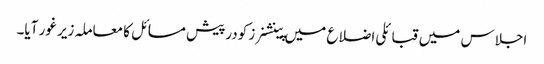
اجلاس میں قبائلی اضلاع میں پینشنرز کودرپیش مسائل کا معاملہ زیر غور آیا۔